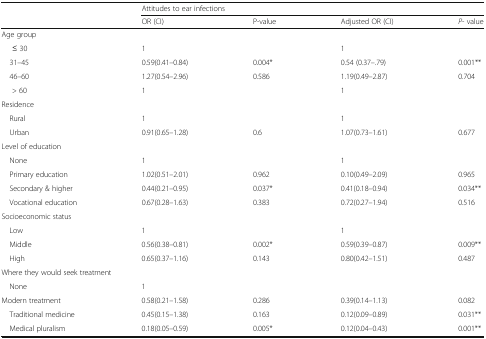
<table><thead><tr><td></td><td colspan="4"><b>Attitudes to ear infections</b></td></tr><tr><td></td><td><b>OR (CI)</b></td><td><b>P-value</b></td><td><b>Adjusted OR (CI)</b></td><td><b><i>P</i>- value</b></td></tr></thead><tbody><tr><td colspan="5">Age group</td></tr><tr><td>≤ 30</td><td>1</td><td></td><td>1</td><td></td></tr><tr><td> 31–45</td><td>0.59(0.41–0.84)</td><td>0.004*</td><td>0.54 (0.37–.79)</td><td>0.001**</td></tr><tr><td> 46–60</td><td>1.27(0.54–2.96)</td><td>0.586</td><td>1.19(0.49–2.87)</td><td>0.704</td></tr><tr><td>&gt; 60</td><td>1</td><td></td><td>1</td><td></td></tr><tr><td colspan="5">Residence</td></tr><tr><td> Rural</td><td>1</td><td></td><td>1</td><td></td></tr><tr><td> Urban</td><td>0.91(0.65–1.28)</td><td>0.6</td><td>1.07(0.73–1.61)</td><td>0.677</td></tr><tr><td colspan="5">Level of education</td></tr><tr><td> None</td><td>1</td><td></td><td>1</td><td></td></tr><tr><td> Primary education</td><td>1.02(0.51–2.01)</td><td>0.962</td><td>0.10(0.49–2.09)</td><td>0.965</td></tr><tr><td> Secondary &amp; higher</td><td>0.44(0.21–0.95)</td><td>0.037*</td><td>0.41(0.18–0.94)</td><td>0.034**</td></tr><tr><td> Vocational education</td><td>0.67(0.28–1.63)</td><td>0.383</td><td>0.72(0.27–1.94)</td><td>0.516</td></tr><tr><td colspan="5">Socioeconomic status</td></tr><tr><td> Low</td><td>1</td><td></td><td>1</td><td></td></tr><tr><td> Middle</td><td>0.56(0.38–0.81)</td><td>0.002*</td><td>0.59(0.39–0.87)</td><td>0.009**</td></tr><tr><td> High</td><td>0.65(0.37–1.16)</td><td>0.143</td><td>0.80(0.42–1.51)</td><td>0.487</td></tr><tr><td colspan="5">Where they would seek treatment</td></tr><tr><td> None</td><td>1</td><td></td><td></td><td></td></tr><tr><td>Modern treatment</td><td>0.58(0.21–1.58)</td><td>0.286</td><td>0.39(0.14–1.13)</td><td>0.082</td></tr><tr><td> Traditional medicine</td><td>0.45(0.15–1.38)</td><td>0.163</td><td>0.12(0.09–0.89)</td><td>0.031**</td></tr><tr><td> Medical pluralism</td><td>0.18(0.05–0.59)</td><td>0.005*</td><td>0.12(0.04–0.43)</td><td>0.001**</td></tr></tbody></table>